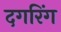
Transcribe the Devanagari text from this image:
दगरिंग